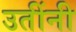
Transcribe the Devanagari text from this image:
उतींनी